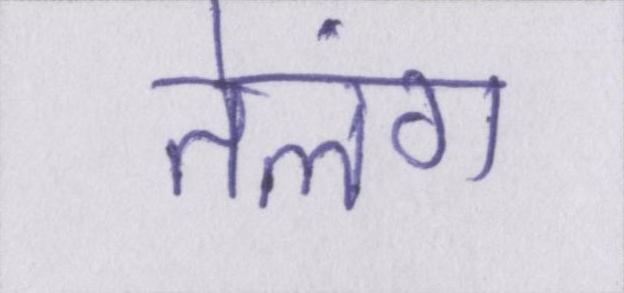
तेलंग